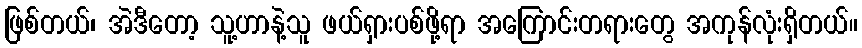
ဖြစ်တယ်၊ အဲဒီတော့ သူ့ဟာနဲ့သူ ဖယ်ရှားပစ်ဖို့ရာ အကြောင်းတရားတွေ အကုန်လုံးရှိတယ်။